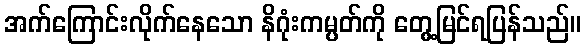
အက်ကြောင်းလိုက်နေသော နိဂုံးကမ္ပတ်ကို တွေ့မြင်ရပြန်သည်။